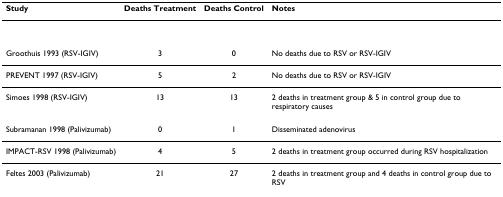
| Study | Deaths Treatment | Deaths Control | Notes |
 | --- | --- | --- | --- |
 | Groothuis 1993 (RSV-IGIV) | 3 | 0 | No deaths due to RSV or RSV-IGIV |
 | PREVENT 1997 (RSV-IGIV) | 5 | 2 | No deaths due to RSV or RSV-IGIV |
 | Simoes 1998 (RSV-IGIV) | 13 | 13 | 2 deaths in treatment group & 5 in control group due to respiratory causes |
 | Subramanan 1998 (Palivizumab) | 0 | 1 | Disseminated adenovirus |
 | IMPACT-RSV 1998 (Palivizumab) | 4 | 5 | 2 deaths in treatment group occurred during RSV hospitalization |
 | Feltes 2003 (Palivizumab) | 21 | 27 | 2 deaths in treatment group and 4 deaths in control group due to RSV |